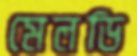
মেলডি